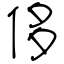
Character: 侈